Civil Veterinary Department. United Provinces 1923-31 - 1923-1931
Year: 1923
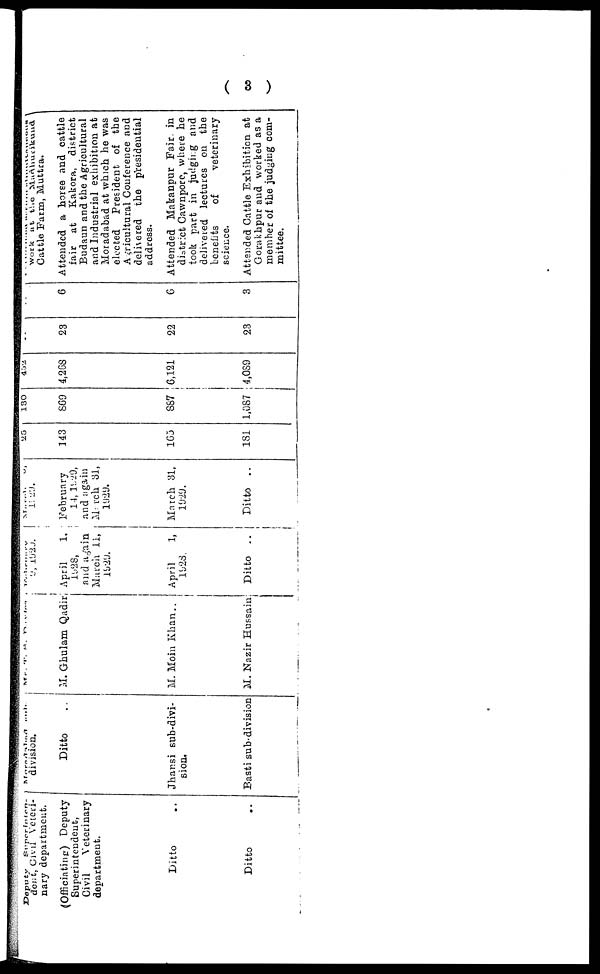
( 3 )
Deputy Superinten-
dent, Civil Veteri-
nary department.
(Officiating) Deputy
Superintendent,
Civil
Veterinary
department.
Ditto ..
Ditto ..
Muradabad sub
division.
Ditto ..
Jhansi sub-divi-
sion.
Basti sub-division
Mr. T. S. Davian
M. Ghulam Qadir
M. Moin Khan ..
M. Nazir Hussain
February
9, 1929.
April
1,
1928,
and again
March 11,
1929
April
1,
1928.
Ditto ..
March 9,
1929
February
14, 1929,
and again
March 31,
1929.
March 31,
1929.
Ditto ..
25
143
165
181
130
869
887
1,087
452
4,268
6,121
4,089
..
23
22
23
..
6
6
3
serum simultaneous
work at the Madhurikund
Cattle Farm, Muttra.
Attended a horse and cattle
fair at Kakora, district
Budaun and the Agricultural
and Industrial exhibition at
Moradabad at which he was
elected President of the
Agricultural Conference and
delivered the presidential
address.
Attended Makanpur Fair, in
district Cawnpore, where he
took part in judging and
delivered lectures on the
benefits
of
veterinary
science.
Attended Cattle Exhibition at
Gorakhpur and worked as a
member of the judging com-
mittee.